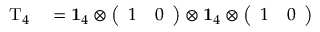
\begin{array} { r l } { \mathrm { T } _ { 4 } } & { { } = \mathbf { 1 } _ { 4 } \otimes \left( \begin{array} { l l } { 1 } & { 0 } \end{array} \right) \otimes \mathbf { 1 } _ { 4 } \otimes \left( \begin{array} { l l } { 1 } & { 0 } \end{array} \right) } \end{array}